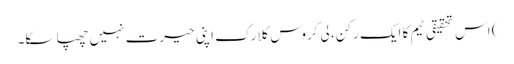
) اس تحقیقی ٹیم کا ایک رکن، لی گروس کلارک اپنی حیرت نہیں چھپا سکا۔